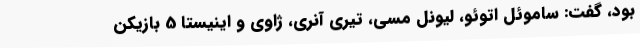
بود، گفت: ساموئل اتوئو، لیونل مسی، تیری آنری، ژاوی و اینیستا 5 بازیکن